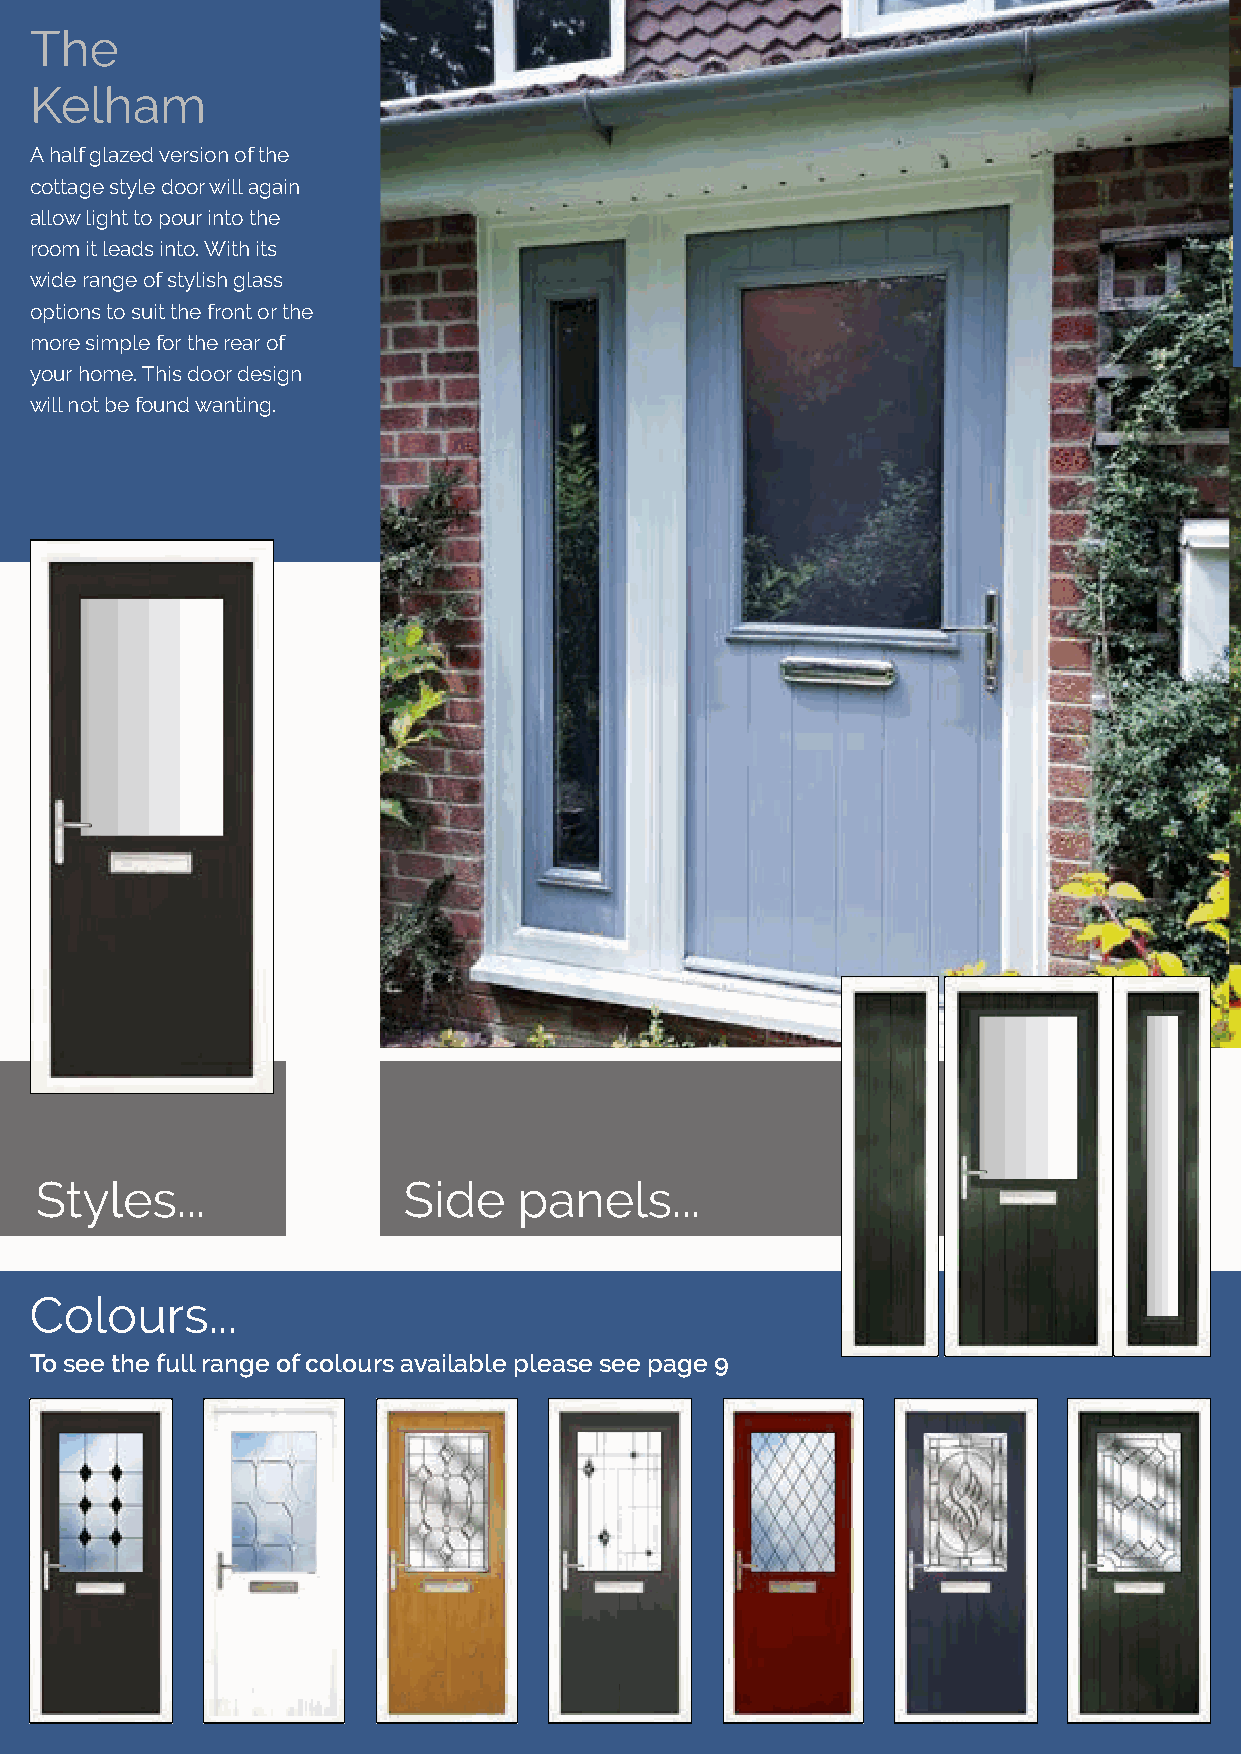
TThhee
 K E L  H A  M   2 5
 KKeellhhaamm
 AA hhaallff ggllaazzeedd vveerrssiioonn ooff tthhee                                                                 Glass...
 ccoottttaaggee ssttyyllee ddoooorr wwiillll aaggaaiinn
 Our Solid Core Door double glazing
 aallllooww lliigghhtt ttoo ppoouurr iinnttoo tthhee
 comes in many designs. Our wide
 rroooomm iitt lleeaaddss iinnttoo.. WWiitthh iittss
 selection of coloured glass designs
 wwiiddee rraannggee ooff ssttyylliisshh ggllaassss
 can contrast or be matched to your
 ooppttiioonnss ttoo ssuuiitt tthhee ffrroonntt oorr tthhee
 SolidCore door.
 mmoorree ssiimmppllee ffoorr tthhee rreeaarr ooff
 yyoouurr hhoommee.. TThhiiss ddoooorr ddeessiiggnn
 wwiillll nnoott bbee ffoouunndd wwaannttiinngg..
 Black      Black     Blue Crystal Brass Art
 (Coloured)  (Coloured) Harmony     Clarity*
 Diamonds   Fusion**
 Clear Bevels Diamond Lead Dream Bevels Glacier**
 SSttyylleess......       SSiiddee ppaanneellss......
 CCoolloouurrss......                                                                                                   Green Crystal Green Georgian Integral Blind Square Lead
 Bohemia     Grill     Unit - Clear
 glass only
 TToo sseeee tthhee ffuullll rraannggee ooff ccoolloouurrss aavvaaiillaabbllee pplleeaassee sseeee ppaaggee 99
 Zinc Art   Zinc Art    Zinc Art   Zinc Art
 Abstract*  Elegance*   Prairie*  Simplicity*
 *These are triple glazed and the patterned glass is an integral part of the design. It is encapsulated in the clear sealed unit and an alternative backing glass cannot be chosen.
 ** Backing glass is an integral part of the design so cannot be chosen